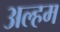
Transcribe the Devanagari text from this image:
अल्हम